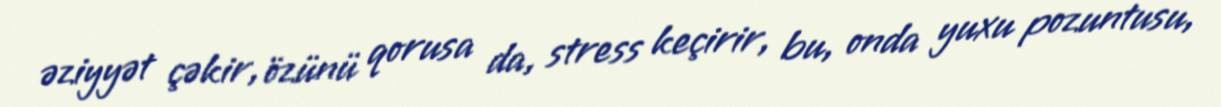
əziyyət çəkir, özünü qorusa da, stress keçirir, bu, onda yuxu pozuntusu,